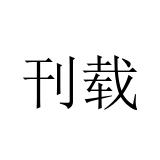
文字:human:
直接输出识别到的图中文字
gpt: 刊载